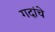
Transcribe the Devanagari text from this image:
गदांचे